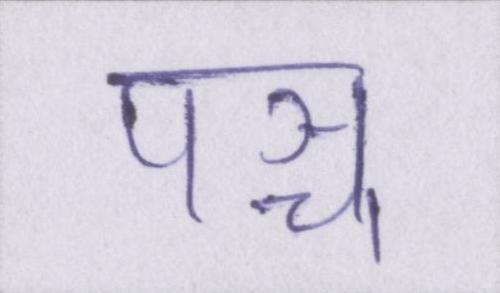
पञ्च